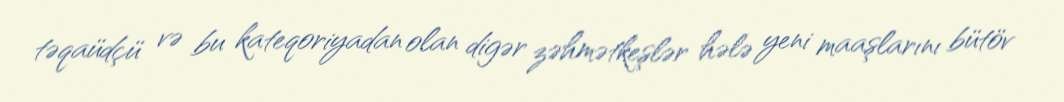
təqaüdçü və bu kateqoriyadan olan digər zəhmətkeşlər hələ yeni maaşlarını bütöv